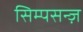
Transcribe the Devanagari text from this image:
सिम्पसन्ज़